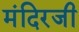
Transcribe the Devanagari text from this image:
मंदिरजी